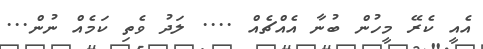
އެއީ ކެރޭ މީހުން ބުނާ އެއްޗެއް .... ލަދު ވެތި ކަމެއް ނުން...